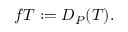
f T : = D _ { P } ( T ) .